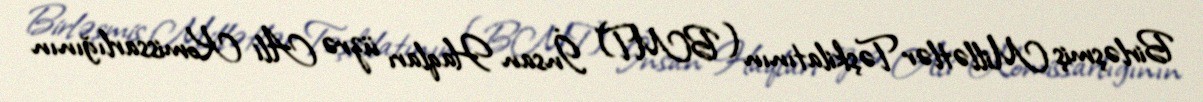
Birləşmiş Millətlər Təşkilatının (BMT) İnsan Haqları üzrə Ali Komissarlığının